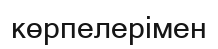
көрпелерімен